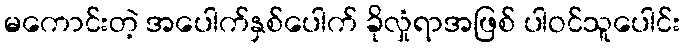
မကောင်းတဲ့ အပေါက်နှစ်ပေါက် ခိုလှုံရာအဖြစ် ပါဝင်သူပေါင်း